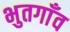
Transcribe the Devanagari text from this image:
भुतगाँव